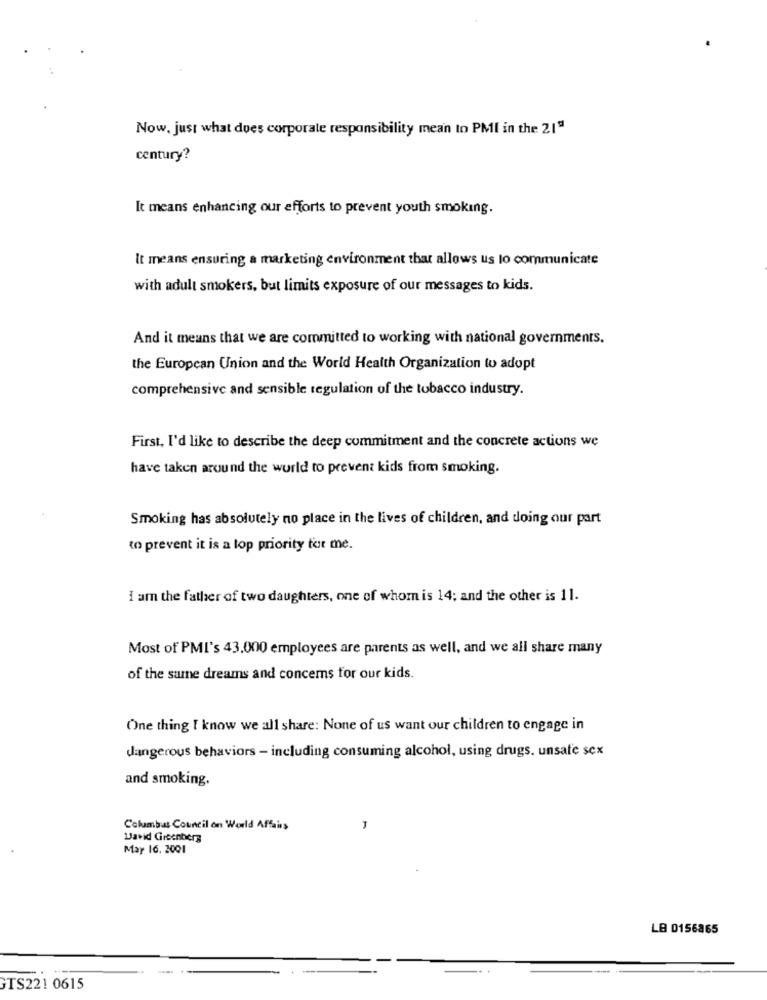
Now. just what does corporate responsibility mean to PMI in the 21"
century?
It means enhancing our efforts to prevent youth smoking.
It means ensuring a marketing environment that allows us to communicate
with adult smokers, but limits exposure of our messages to kids.
And it means that we are committed to working with national governments.
the European Union and the World Health Organization to adopt
comprehensive and sensible regulation of the tobacco industry.
First, I'd like to describe the deep commitment and the concrete actions we
have taken around the world to prevent kids from smoking.
Smoking has absolutely no place in the lives of children, and doing our part
to prevent it is a top priority for me.
I am the father of two daughters, one of whom is 14; and the other is 11.
Most of PMI's 43.000 employees are parents as well, and we all share many
of the same dreams and concerns for our kids.
One thing I know we all share: None of us want our children to engage in
dangerous behaviors - including consuming alcohol, using drugs. unsate sex
and smoking.
Columbus Council on Would Affairs
David Greenberg
May 16, 2001
LB 0156865
GTS221 0615